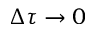
\Delta \tau \to 0